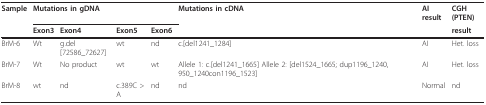
| Sample | <COLSPAN=4> Mutations in gDNA | Mutations in cDNA | AI result | CGH (PTEN) |
 |  | Exon3 | Exon4 | Exon5 | Exon6 |  |  | result |
 | --- | --- | --- | --- | --- | --- | --- | --- |
 | BrM-6 | Wt | g.del[72586_72627] | wt | nd | c.[del1241_1284] | AI | Het. loss |
 | BrM-7 | Wt | No product | wt | wt | Allele 1: c.[del1241_1665] Allele 2: [del1524_1665; dup1196_1240, 950_1240con1196_1523] | AI | Het. loss |
 | BrM-8 | wt | nd | c.389C > A | nd | nd | Normal | nd |